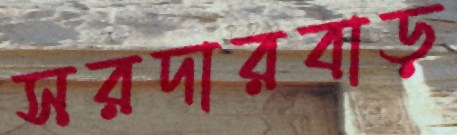
সরদারবাড়